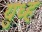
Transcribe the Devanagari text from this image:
युध्ह